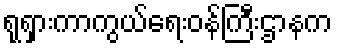
ရုရှားကာကွယ်ရေးဝန်ကြီးဌာနက